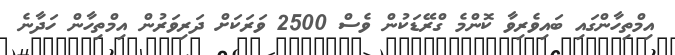
އިމްތިހާންގައި ބައިވެރިވާ ކޮންމެ ގްރޭޑަކުން ވެސް 2500 ވަރަކަށް ދަރިވަރުން އިމްތިހާން ހަދާނެ